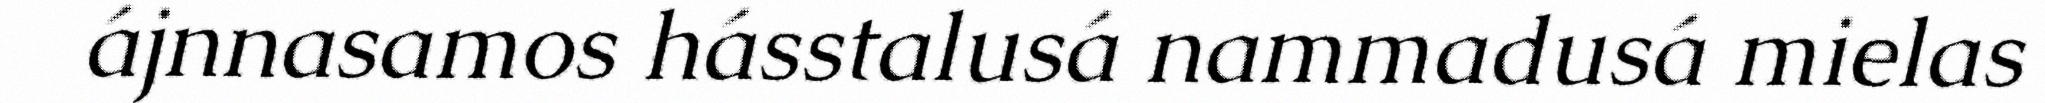
ájnnasamos hásstalusá nammadusá mielas